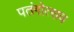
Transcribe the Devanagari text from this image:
पतंगोत्सव